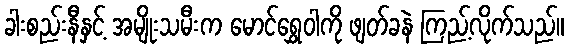
ခါးစည်းနီနှင့် အမျိုးသမီးက မောင်ရွှေဝါကို ဖျတ်ခနဲ ကြည့်လိုက်သည်။